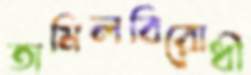
তামিলবিরোধী